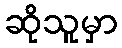
ဆိုသူမှာ